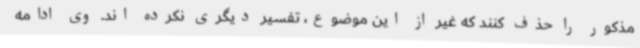
مذکور را حذف کنند که غیر از این موضوع، تفسیر دیگری نکرده اند. وی ادامه